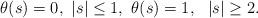
LaTeX: \begin{align*}\theta(s)=0,\ |s|\le 1,\ \theta(s)=1,\ \ |s|\ge 2.\end{align*}